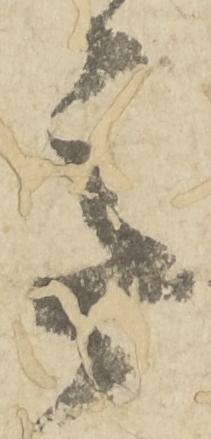
意